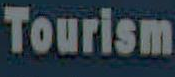
Tourism